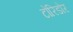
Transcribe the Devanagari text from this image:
टोरिडोर